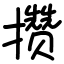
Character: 攒